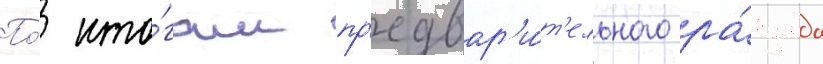
По́ ито́гам пр'едвар'и́т'ельного ра́унда